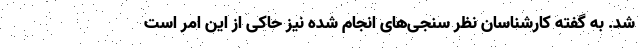
شد. به گفته کارشناسان نظر سنجی‌های انجام شده نیز حاکی از این امر است